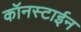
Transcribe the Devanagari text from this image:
कॉनस्टाईन